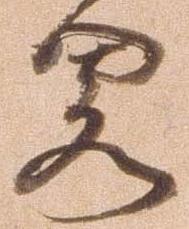
略